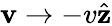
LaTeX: \mathbf{v}\to-v\hat{\mathbf{z}}